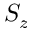
S _ { z }